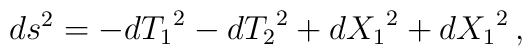
ds^2 = -d{T_1}^2 - d{T_2}^2 + d{X_1}^2 + d{X_1}^2 \, ,